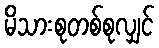
မိသားစုတစ်စုလျှင်